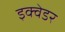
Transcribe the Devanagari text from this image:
इक्वेडर